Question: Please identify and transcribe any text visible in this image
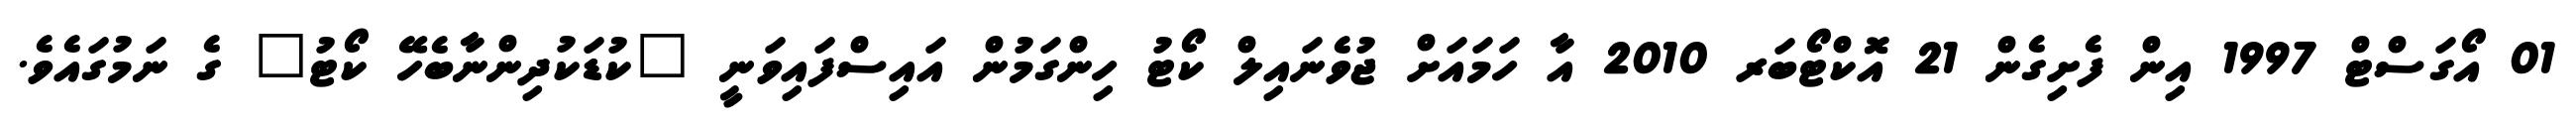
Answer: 01 އޯގަސްޓް 1997 އިން ފެށިގެން 21 އޮކްޓޯބަރ 2010 އާ ހަމައަށް ޖުވެނައިލް ކޯޓު ހިންގަމުން އައިސްފައިވަނީ "ކުޑަކުދިންނާބެހޭ ކޯޓު" ގެ ނަމުގައެވެ.